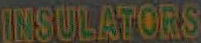
INSULATORS